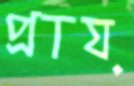
প্রায়